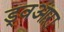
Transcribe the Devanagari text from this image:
ड्वआऱा